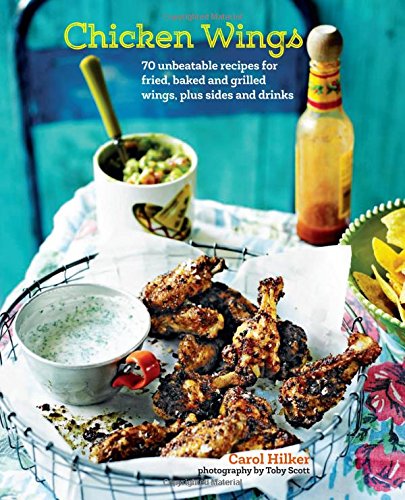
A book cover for Chicken Wings: 60 unbeatable recipes for fried, baked and grilled wings plus sides and drinks; Carol Hilker; Cookbooks, Food & Wine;